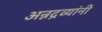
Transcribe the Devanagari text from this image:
अन्नद्रव्यांनी